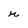
Character: r